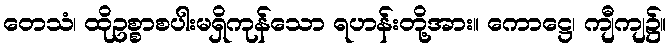
တေသံ၊ ထိုဥစ္စာစပါးမရှိကုန်သော ရဟန်းတို့အား။ ကောဋ္ဌေ၊ ကျီကျ၌။